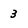
Character: 3